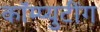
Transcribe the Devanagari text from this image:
कॉम्प्युटींग